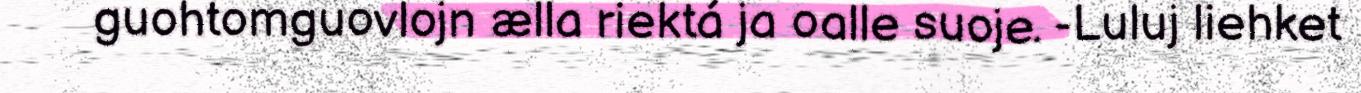
guohtomguovlojn ælla riektá ja oalle suoje. -Luluj liehket